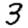
Digit: 3